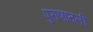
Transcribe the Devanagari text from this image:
पुराणातली